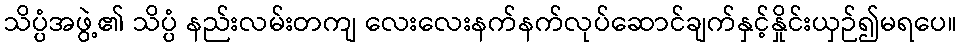
သိပ္ပံအဖွဲ့၏ သိပ္ပံ နည်းလမ်းတကျ လေးလေးနက်နက်လုပ်ဆောင်ချက်နှင့်နှိုင်းယှဉ်၍မရပေ။